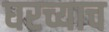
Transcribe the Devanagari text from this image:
घरच्याच